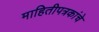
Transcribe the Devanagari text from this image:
माहितीपत्रकांचे